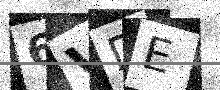
Text: 6VDE